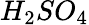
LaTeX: H_{2}SO_{4}